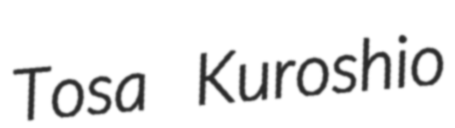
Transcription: Tosa Kuroshio